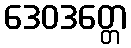
ဒေဝဒတ္တေ